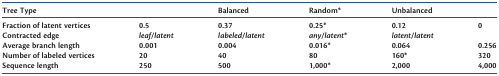
<table><thead><tr><td><b>Tree Type</b></td><td></td><td><b>Balanced</b></td><td><b>Random*</b></td><td><b>Unbalanced</b></td><td></td></tr></thead><tbody><tr><td>Fraction of latent vertices</td><td>0.5</td><td>0.37</td><td>0.25*</td><td>0.12</td><td>0</td></tr><tr><td>Contracted edge</td><td><i>leaf/latent</i></td><td><i>labeled/latent</i></td><td><i>any/latent</i>*</td><td><i>latent/latent</i></td><td></td></tr><tr><td>Average branch length</td><td>0.001</td><td>0.004</td><td>0.016*</td><td>0.064</td><td>0.256</td></tr><tr><td>Number of labeled vertices</td><td>20</td><td>40</td><td>80</td><td>160*</td><td>320</td></tr><tr><td>Sequence length</td><td>250</td><td>500</td><td>1,000*</td><td>2,000</td><td>4,000</td></tr></tbody></table>